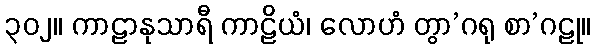
၃၀၂။ ကာဠာနုသာရီ ကာဠိယံ၊ လောဟံ တွာ’ဂရု စာ’ဂဠု။